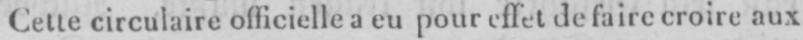
Cette circulaire officielle a eu pour effet de faire croire aux